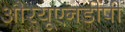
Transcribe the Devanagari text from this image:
औरयूएनडीपी